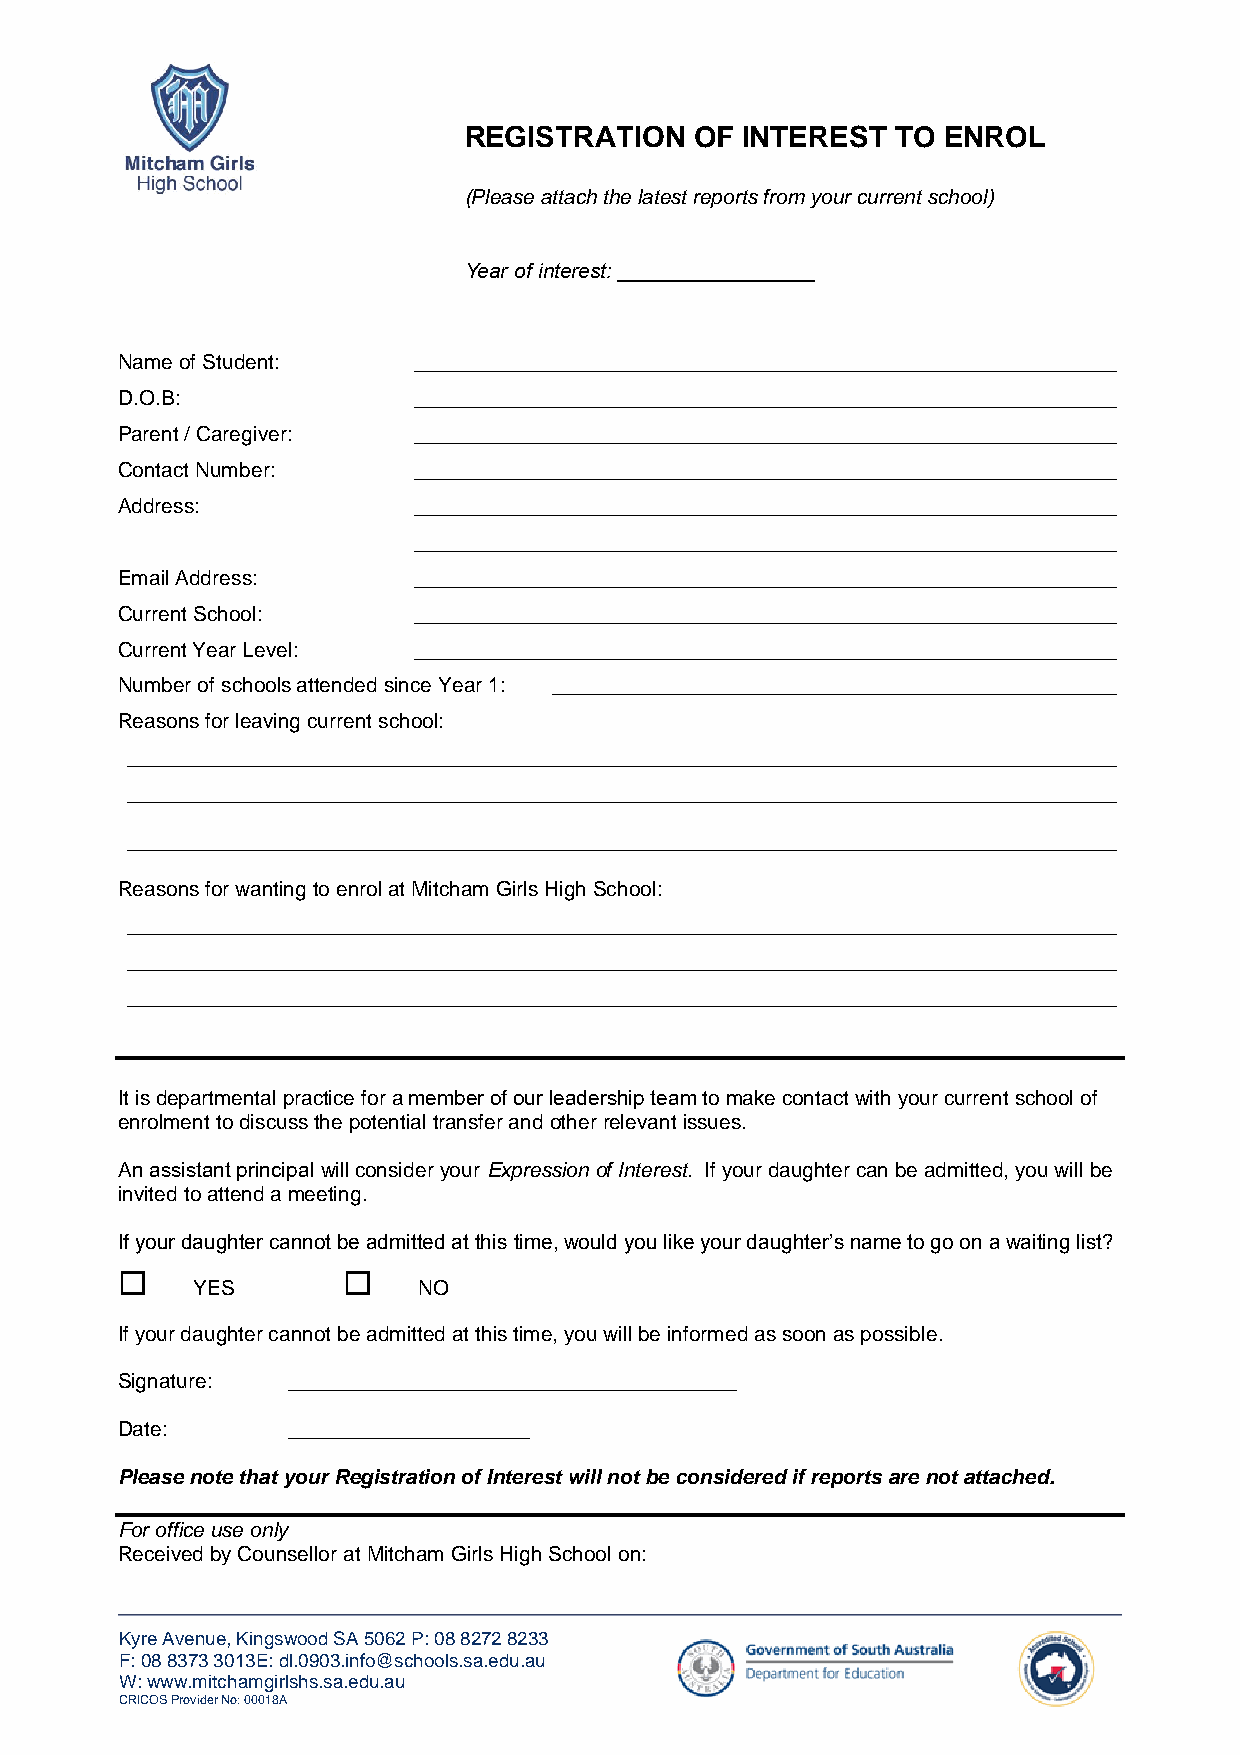
REGISTRATION   OF INTEREST  TO ENROL
 (Please attach the latest reports from your current school)
 Year of interest: _________________
 Name of Student:   _____________________________________________________________
 D.O.B:             _____________________________________________________________
 Parent / Caregiver: _____________________________________________________________
 Contact Number:    _____________________________________________________________
 Address:           _____________________________________________________________
 _____________________________________________________________
 Email Address:     _____________________________________________________________
 Current School:    _____________________________________________________________
 Current Year Level: _____________________________________________________________
 Number of schools attended since Year 1: _________________________________________________
 Reasons for leaving current school:
 ______________________________________________________________________________________
 ______________________________________________________________________________________
 ______________________________________________________________________________________
 Reasons for wanting to enrol at Mitcham Girls High School:
 ______________________________________________________________________________________
 ______________________________________________________________________________________
 ______________________________________________________________________________________
 It is departmental practice for a member of our leadership team to make contact with your current school of
 enrolment to discuss the potential transfer and other relevant issues.
 An assistant principal will consider your Expression of Interest. If your daughter can be admitted, you will be
 invited to attend a meeting.
 If your daughter cannot be admitted at this time, would you like your daughter’s name to go on a waiting list?
               
 YES            NO
 If your daughter cannot be admitted at this time, you will be informed as soon as possible.
 Signature: _______________________________________
 Date:      _____________________
 Please note that your Registration of Interest will not be considered if reports are not attached.
 For office use only
 Received by Counsellor at Mitcham Girls High School on:
 Kyre Avenue, Kingswood SA 5062 P: 08 8272 8233
 F: 08 8373 3013E: dl.0903.info@schools.sa.edu.au
 W: www.mitchamgirlshs.sa.edu.au
 CRICOS Provider No: 00018A